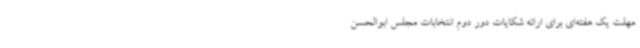
مهلت یک هفته‌ای برای ارائه شکایات دور دوم انتخابات مجلس ابوالحسن